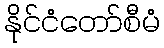
နိုင်ငံတော်စီမံ